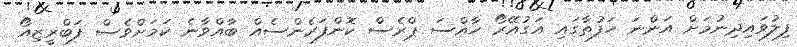
ފިލުވައިދިނުމަށް އަންނަ ހަފުތާގައި އަގުއޭރޯ ހާއްސަ ޕްރެސް ކޮންފަރެންސެއް ބާއްވާނެ ކަމަށްވެސް ފަބްރީޒިއޯ